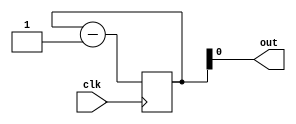
`timescale 1ns / 1ps
//////////////////////////////////////////////////////////////////////////////////
// Company: 
// Engineer: 
// 
// Design Name: 
// Module Name:    divide_clk 
// Project Name: 
// Target Devices: 
// Tool versions: 
// Description: 
//
// Dependencies: 
//
// Revision: 
// Revision 0.01 - File Created
// Additional Comments: 
//
//////////////////////////////////////////////////////////////////////////////////
module divide_clk 
		#(
			parameter d = 1
		)
		(
			input clk,
			output wire out
		);

reg [d:0] counter = 0;

assign out = counter[d - 1];

always @(posedge clk) begin
	counter <= counter - 1;
end

endmodule